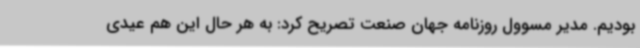
بودیم. مدیر مسوول روزنامه جهان صنعت تصریح کرد: به هر حال این هم عیدی